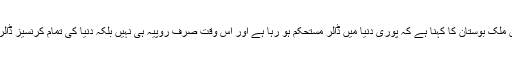
پاکستان میں کرنسی کا تبادلے کرنے والوں کی ایسوسی ایشن کے چیئرمین ملک بوستان کا کہنا ہے کہ پوری دنیا میں ڈالر مستحکم ہو رہا ہے اور اس وقت صرف روپیہ ہی نہیں بلکہ دنیا کی تمام کرنسیز ڈالر کے مقابلے میں دباؤ کا شکار ہیں جن میں یورو اور پاؤنڈ بھی شامل ہیں۔